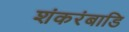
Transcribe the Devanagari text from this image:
शंकरंबाडि